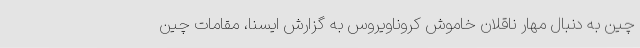
چین به دنبال مهار ناقلان خاموش کروناویروس به گزارش ایسنا، مقامات چین